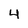
Character: 4